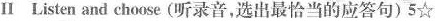
Ⅱ Listen and choose (听录音，选出最恰当的应答句)5☆